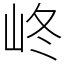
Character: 峂